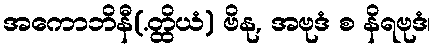
အကောဘိနီ(.တ္ထိယံ) ဗိနု, အဗုဒံ စ နိရဗုဒံ၊